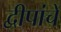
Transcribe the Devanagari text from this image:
द्वीपांचे